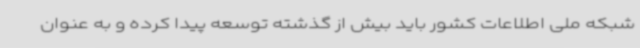
‌شبکه ملی اطلاعات کشور باید بیش از گذشته توسعه پیدا کرده و به عنوان